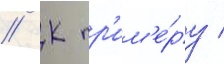
// К пр'им'е́ру /